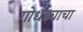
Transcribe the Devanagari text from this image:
गोधड्याचा